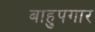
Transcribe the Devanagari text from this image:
बाहुपगार